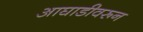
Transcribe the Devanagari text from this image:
आघाडीवरून